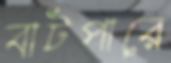
বাটপারে